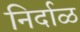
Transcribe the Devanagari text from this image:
निर्दाळ